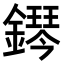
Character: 𨬩